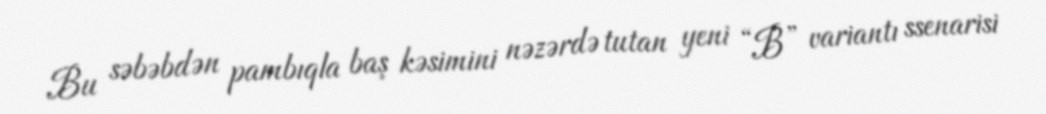
Bu səbəbdən pambıqla baş kəsimini nəzərdə tutan yeni “B” variantı ssenarisi